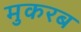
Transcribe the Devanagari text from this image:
मुकरब